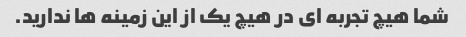
شما هیچ تجربه ای در هیچ یک از این زمینه ها ندارید.